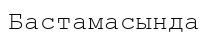
Бастамасында